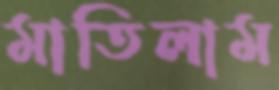
মাতিলাম